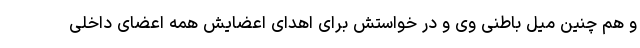
و هم چنین میل باطنی وی و در خواستش برای اهدای اعضایش همهٔ اعضای داخلی